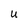
Character: U